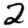
Digit: 2